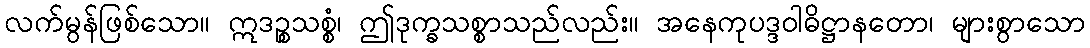
လက်မွန်ဖြစ်သော။ ဣဒဉ္စသစ္စံ၊ ဤဒုက္ခသစ္စာသည်လည်း။ အနေကုပဒ္ဒဝါဓိဋ္ဌာနတော၊ များစွာသော